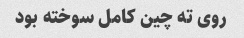
روی ته چین کامل سوخته بود